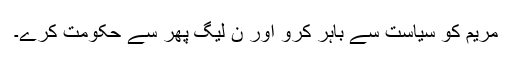
مریم کو سیاست سے باہر کرو اور ن لیگ پھر سے حکومت کرے۔